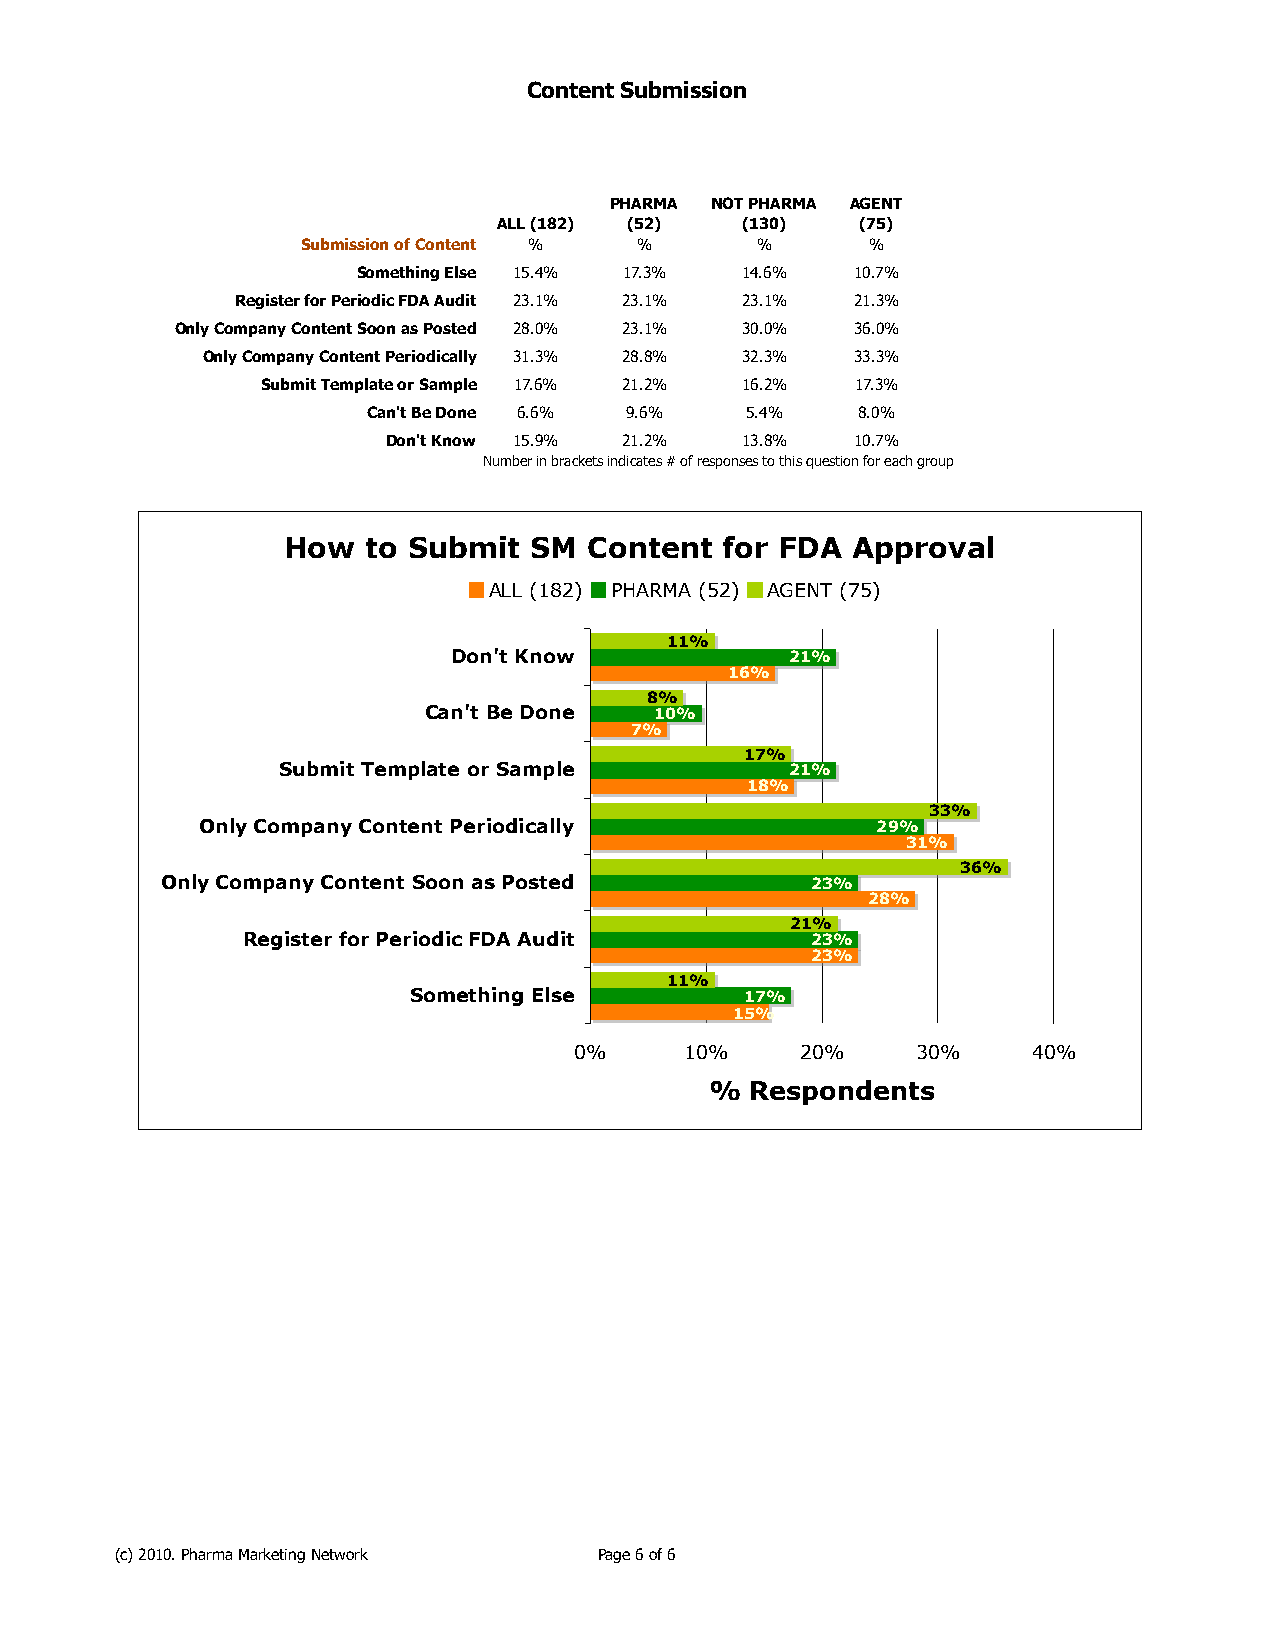
Content Submission
 PHARMA NOT PHARMA AGENT
 ALL (182) (52)  (130)   (75)
 Submission of Content % %     %       %
 Something Else 15.4% 17.3% 14.6% 10.7%
 Register for Periodic FDA Audit 23.1% 23.1% 23.1% 21.3%
 Only Company Content Soon as Posted 28.0% 23.1% 30.0% 36.0%
 Only Company Content Periodically 31.3% 28.8% 32.3% 33.3%
 Submit Template or Sample 17.6% 21.2% 16.2% 17.3%
 Can't Be Done 6.6% 9.6%  5.4%    8.0%
 Don't Know 15.9% 21.2% 13.8%   10.7%
 Number in brackets indicates # of responses to this question for each group
 How  to Submit  SM  Content  for FDA Approval
 ALL (182) PHARMA (52) AGENT (75)
 11%
 Don't Know            21%
 16%
 8%
 Can't Be Done  10%
 7%
 17%
 Submit Template or Sample         21%
 18%
 33%
 Only Company Content Periodically            29%
 31%
 36%
 Only Company Content Soon as Posted        23%
 28%
 21%
 Register for Periodic FDA Audit       23%
 23%
 11%
 Something Else        17%
 15%
 0%     10%     20%     30%    40%
 %  Respondents
 (c) 2010. Pharma Marketing Network Page 6 of 6